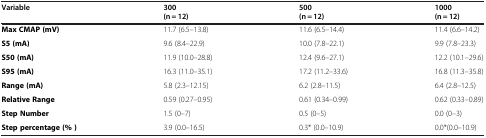
| Variable | 300 | 500 | 1000 |
 |  | (n = 12) | (n = 12) | (n = 12) |
 | --- | --- | --- | --- |
 | Max CMAP (mV) | 11.7(6.5–13.8) | 11.6(6.5–14.4) | 11.4(6.6–14.2) |
 | S5 (mA) | 9.6(8.4–22.9) | 10.0(7.8–22.1) | 9.9(7.8–23.3) |
 | S50 (mA) | 11.9(10.0–28.8) | 12.4(9.6–27.1) | 12.2(10.1–29.6) |
 | S95 (mA) | 16.3(11.0–35.1) | 17.2(11.2–33.6) | 16.8(11.3–35.8) |
 | Range (mA) | 5.8(2.3–12.15) | 6.2(2.8–11.5) | 6.4(2.8–12.5) |
 | Relative Range | 0.59(0.27–0.95) | 0.61(0.34–0.99) | 0.62(0.33–0.89) |
 | Step Number | 1.5(0–7) | 0.5(0–5) | 0.0(0–3) |
 | Step percentage (% ) | 3.9(0.0–16.5) | 0.3*(0.0–10.9) | 0.0*(0.0–10.9) |